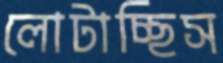
লোটাচ্ছিস